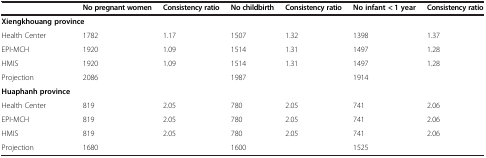
<table><thead><tr><td><b> </b></td><td><b>No pregnant women</b></td><td><b>Consistency ratio</b></td><td><b>No childbirth</b></td><td><b>Consistency ratio</b></td><td><b>No infant &lt; 1 year</b></td><td><b>Consistency ratio</b></td></tr></thead><tbody><tr><td colspan="7"><b>Xiengkhouang province</b></td></tr><tr><td>Health Center</td><td>1782</td><td>1.17</td><td>1507</td><td>1.32</td><td>1398</td><td>1.37</td></tr><tr><td>EPI-MCH</td><td>1920</td><td>1.09</td><td>1514</td><td>1.31</td><td>1497</td><td>1.28</td></tr><tr><td>HMIS</td><td>1920</td><td>1.09</td><td>1514</td><td>1.31</td><td>1497</td><td>1.28</td></tr><tr><td>Projection</td><td>2086</td><td> </td><td>1987</td><td> </td><td>1914</td><td> </td></tr><tr><td colspan="7"><b>Huaphanh province</b></td></tr><tr><td>Health Center</td><td>819</td><td>2.05</td><td>780</td><td>2.05</td><td>741</td><td>2.06</td></tr><tr><td>EPI-MCH</td><td>819</td><td>2.05</td><td>780</td><td>2.05</td><td>741</td><td>2.06</td></tr><tr><td>HMIS</td><td>819</td><td>2.05</td><td>780</td><td>2.05</td><td>741</td><td>2.06</td></tr><tr><td>Projection</td><td>1680</td><td> </td><td>1600</td><td> </td><td>1525</td><td> </td></tr></tbody></table>